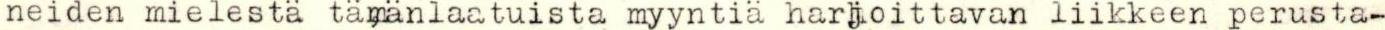
neiden mielestä tämänlaatuista myyntiä harjoittavan liikkeen perusta-